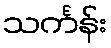
သင်္ကန်း